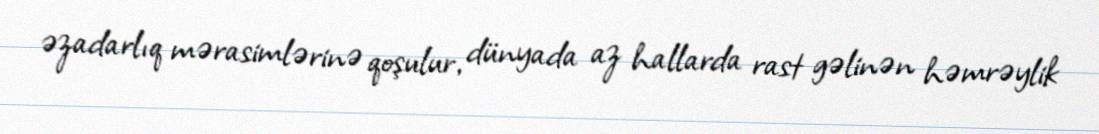
əzadarlıq mərasimlərinə qoşulur, dünyada az hallarda rast gəlinən həmrəylik